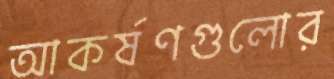
আকর্ষণগুলোর